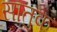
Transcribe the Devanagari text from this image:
सातुक